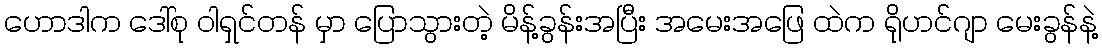
ဟောဒါက ဒေါ်စု ဝါရှင်တန် မှာ ပြောသွားတဲ့ မိန့်ခွန်းအပြီး အမေးအဖြေ ထဲက ရိုဟင်ဂျာ မေးခွန်နဲ့